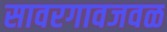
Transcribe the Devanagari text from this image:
सावरगावजवळ